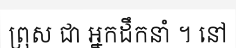
ព្រុស ជា អ្នកដឹកនាំ ។ នៅ